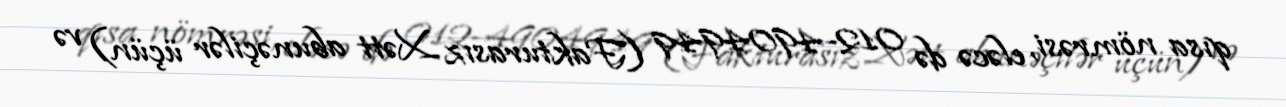
qısa nömrəsi, eləcə də 012-4904949 (Fakturasız Xətt abunəçilər üçün) və